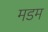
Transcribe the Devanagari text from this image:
मडम